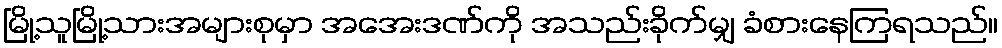
မြို့သူမြို့သားအများစုမှာ အအေးဒဏ်ကို အသည်းခိုက်မျှ ခံစားနေကြရသည်။